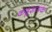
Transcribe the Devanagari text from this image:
कंडूशामक